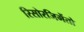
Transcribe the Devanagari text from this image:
रिसोरजिमेंतो